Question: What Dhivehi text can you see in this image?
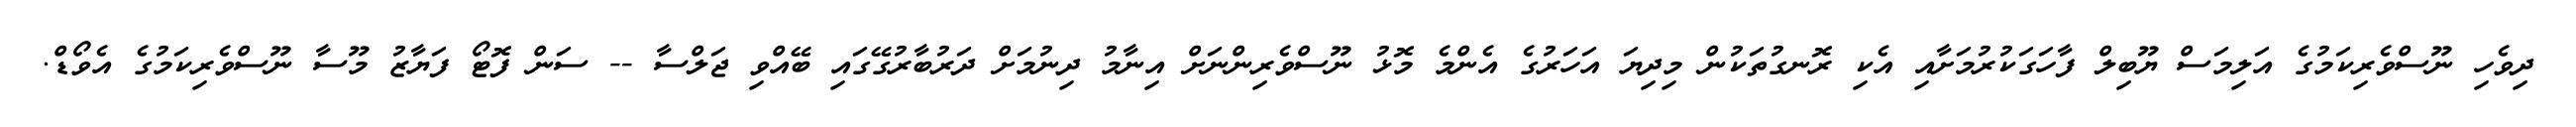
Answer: ދިވެހި ނޫސްވެރިކަމުގެ އަލިމަސް ޔޫބިލް ފާހަގަކުރުމަށާއި އެކި ރޮނގުތަކުން މިދިޔަ އަހަރުގެ އެންމެ މޮޅު ނޫސްވެރިންނަށް އިނާމު ދިނުމަށް ދަރުބާރުގޭގައި ބޭއްވި ޖަލްސާ -- ސަން ފޮޓޯ ފަޔާޒު މޫސާ ނޫސްވެރިކަމުގެ އެވޯޑް.